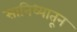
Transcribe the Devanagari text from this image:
सानिध्यातून